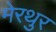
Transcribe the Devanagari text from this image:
मेरथुर